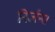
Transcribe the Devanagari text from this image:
निर्जन।